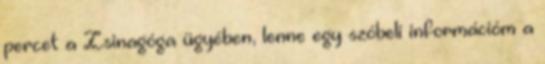
percet a Zsinagóga ügyében, lenne egy szóbeli információm a